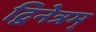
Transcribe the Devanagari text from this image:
द्विनेत्रम्